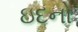
ઇદનો